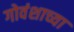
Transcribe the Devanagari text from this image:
गोवंशाच्या